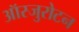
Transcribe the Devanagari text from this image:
ऑस्जुरोटन